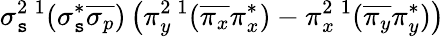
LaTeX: \sigma_{\mathtt{s}}^{2}{}\, ^{1}(\sigma_{\mathtt{s}}^{*}\overline{{{\sigma_{p}}}})\left(\pi_{y}^{2}{}\, ^{1}(\overline{{{\pi_{x}}}}\pi_{x}^{*})-\pi_{x}^{2}{}\, ^{1}(\overline{{{\pi_{y}}}}\pi_{y}^{*})\right)